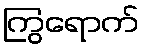
ကြွရောက်